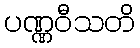
ပဏ္ဏဝီသတိ